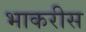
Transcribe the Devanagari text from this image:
भाकरीस